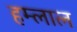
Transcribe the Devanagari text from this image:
हम्लाल